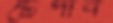
টেপাব